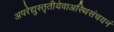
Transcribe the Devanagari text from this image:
अपरेद्युस्तृतीयेवाअस्थिसंचयनं